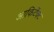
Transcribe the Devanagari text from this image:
आकिर्टेक्ट